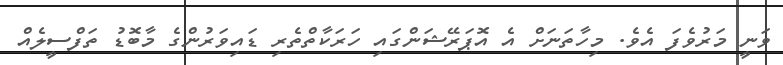
ވަނީ މަރުވެފަ އެވެ. މިހާތަނަށް އެ އޮޕަރޭޝަންގައި ހަރަކާތްތެރި ޑައިވަރުންގެ މާބޮޑު ތަފްސީލެއް